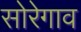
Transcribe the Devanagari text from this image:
सोरेगाव